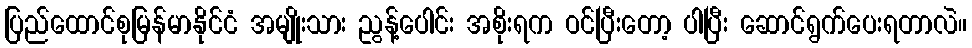
ပြည်ထောင်စုမြန်မာနိုင်ငံ အမျိုးသား ညွန့်ပေါင်း အစိုးရက ဝင်ပြီးတော့ ပါပြီး ဆောင်ရွက်ပေးရတာလဲ။